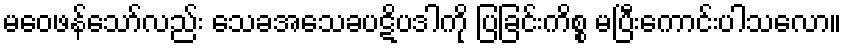
မဝေဖန်သော်လည်း သေခအသေခပဋိပဒါကို ပြခြင်းကိစ္စ မပြီးကောင်းပါသလော။